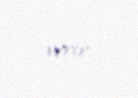
verir.